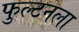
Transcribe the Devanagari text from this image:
फुल्टनला